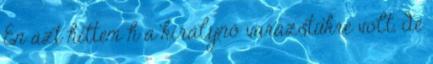
Én azt hittem h a királynő varázstükre volt, de